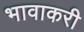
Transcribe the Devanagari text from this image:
भावाकरी